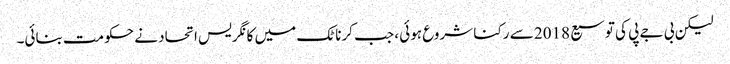
لیکن بی جے پی کی توسیع 2018 سے رکنا شروع ہوئی ، جب کرناٹک میں کانگریس اتحاد نے حکومت بنائی۔